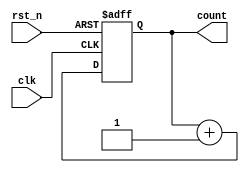
module synchronous_counter (
    input wire clk,         // Clock input
    input wire rst_n,      // Active-low reset
    output reg [3:0] count // 4-bit counter output
);

// Always block sensitive to the rising edge of the clock or the active-low reset
always @(posedge clk or negedge rst_n) begin
    if (!rst_n) begin
        // Asynchronous reset: set count to 0
        count <= 4'b0000;
    end else begin
        // Increment the counter on each clock cycle
        count <= count + 1;
    end
end

endmodule